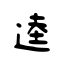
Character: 逵